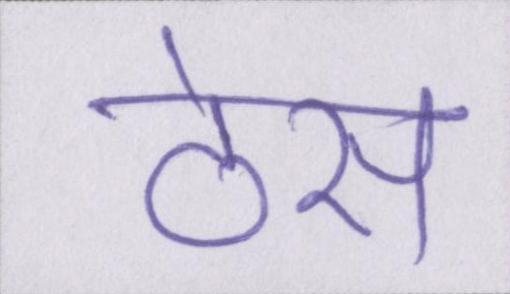
ठेस